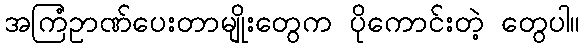
အကြံဥာဏ်ပေးတာမျိုးတွေက ပိုကောင်းတဲ့ တွေပါ။